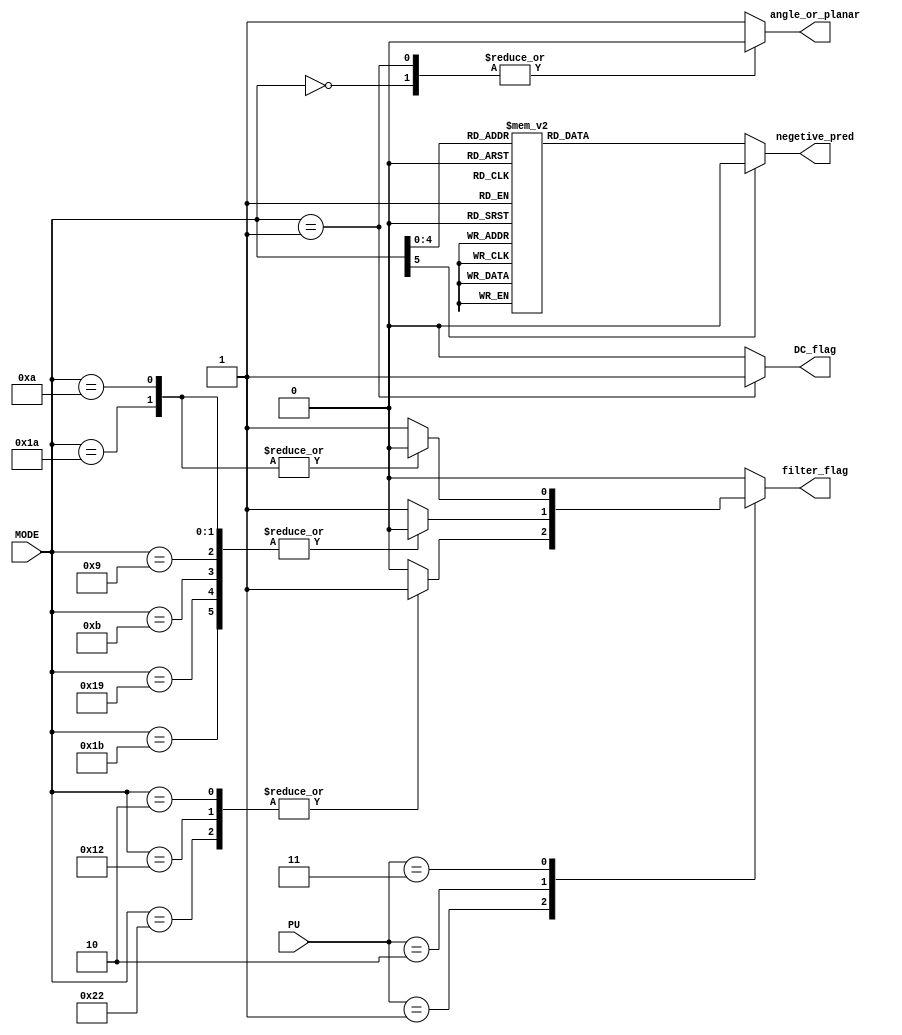
/*
	PUMODE
*/
module PuMode_Flag
(
	input [2:0]		PU,
	input	[5:0]		MODE,
	
	output reg		filter_flag,
	output reg		negetive_pred,
	output reg 		angle_or_planar,
	output reg 		DC_flag
);

	always @(PU or MODE)
	begin
		case(PU)
			3'd0:
			begin
				filter_flag = 1'b0;
			end
			3'd1:
			begin
				case(MODE)
					6'd2,6'd18,6'd34:
						filter_flag = 1'b1;
					default:
						filter_flag = 1'b0;
				endcase
			end
			3'd2:
			begin
				case(MODE)
					6'd9,6'd10,6'd11,6'd25,6'd26,6'd27:
						filter_flag = 1'b0;
					default:
						filter_flag = 1'b1;
				endcase
			end
			3'd3:
			begin
				case(MODE)
					6'd10,6'd26:
						filter_flag = 1'b0;
					default:
						filter_flag = 1'b1;
				endcase
			end
			default:
			begin
				filter_flag = 1'b0;
			end
		endcase
	end
	
	always @(MODE)
	begin
		case(MODE)
			6'd11,6'd12,6'd13,6'd14,6'd15,6'd16,6'd17,6'd18,6'd19,6'd20,6'd21,6'd22,6'd23,6'd24,6'd25:
				negetive_pred = 1'b1;
			default:
				negetive_pred = 1'b0;
		endcase
	end
	
	always @(MODE)
	begin
		case(MODE)
			6'd0:
			begin
				angle_or_planar = 1'b0;
				DC_flag = 1'b0;
			end
			6'd1:
			begin
				angle_or_planar = 1'b0;
				DC_flag = 1'b1;
			end
			default:
			begin
				angle_or_planar = 1'b1;
				DC_flag = 1'b0;
			end
		endcase
	end
endmodule